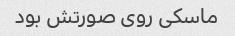
ماسکی روی صورتش بود